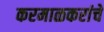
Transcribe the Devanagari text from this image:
करमाळकरांचे